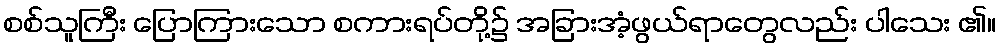
စစ်သူကြီး ပြောကြားသော စကားရပ်တို့၌ အခြားအံ့ဖွယ်ရာတွေလည်း ပါသေး ၏။